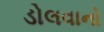
ડોલવાનો